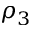
\rho _ { 3 }